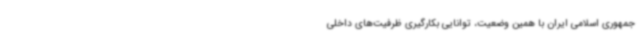
جمهوری اسلامی ایران با همین وضعیت، توانایی بکارگیری ظرفیت‌های داخلی